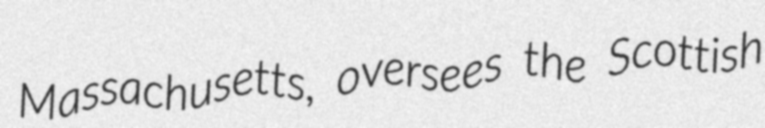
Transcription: Massachusetts, oversees the Scottish